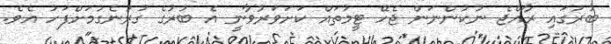
ބުރުގައި ރާއްޖެ ނުކުންނަން ޖެހޭ ޓީމުތައް ކަށަވަރުވާނީ އެ ބުރުގެ ގުރުނެގުމަށްފަހު އެވެ.